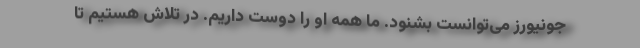
جونیورز می‌توانست بشنود. ما همه او را دوست داریم. در تلاش هستیم تا